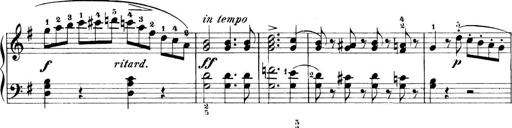
Title: 11 Sonatinas
Composer: Anton Diabelli